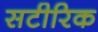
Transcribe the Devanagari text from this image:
सटीरिक